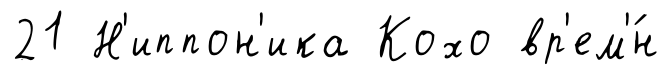
21 Н'иппон'ика Кохо вр'ем'́н